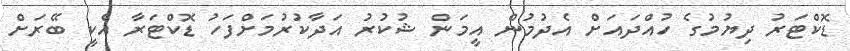
ޑޮކްޓަރު ދިޔުމުގެ ހުއްދައަށް އެދުމުން އީމަން ޝުކުރު އަދާކުރުމަށްފަހު ޑޮކްޓަރާ އެކީ ބޭރަށް